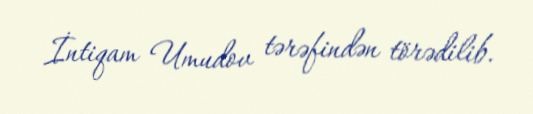
İntiqam Umudov tərəfindən törədilib.